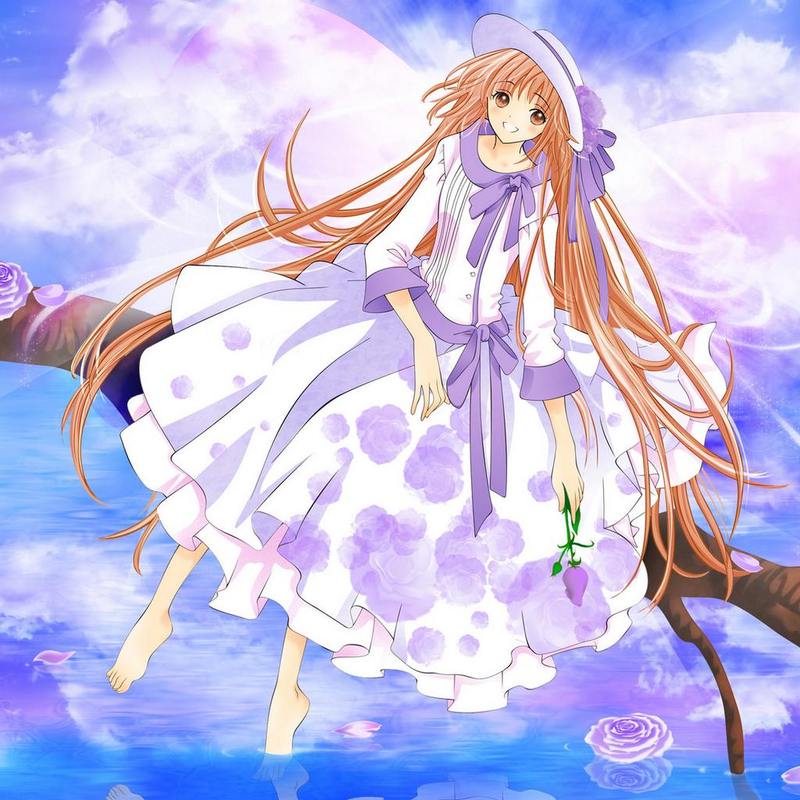
鸡鸣紫陌曙光寒，莺啭皇州春色阑。